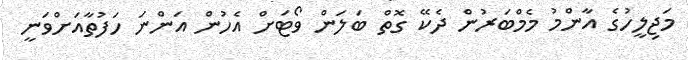
މަޖިލީހުގެ އާންމު މެމްބަރުން ދެކޭ ގޮތް ބަލަން ވޯޓަށް އެހުން އަންނަ ހަފުތާއަށްވަނީ